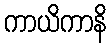
ကာယိကာနိ